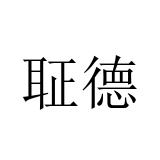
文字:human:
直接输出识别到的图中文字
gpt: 聇德